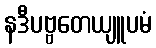
နဒီပဗ္ဗတေယျူပမံ